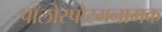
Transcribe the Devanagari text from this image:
पॉलोस्पोरमनामक